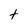
Character: t